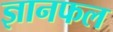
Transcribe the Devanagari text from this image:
ज्ञानफल